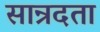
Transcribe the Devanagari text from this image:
सान्रदता